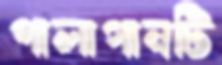
পালাগানটি